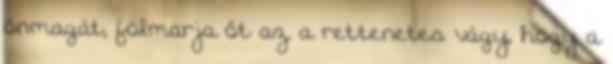
önmagát, fölmarja őt az a rettenetes vágy, hogy a